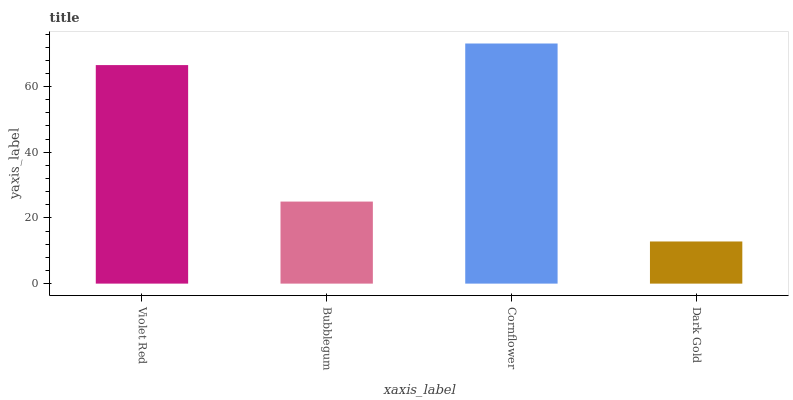
| xaxis_label | bars |
 | --- | --- |
 | Violet Red | 66.5 |
 | Bubblegum | 25 |
 | Cornflower | 73.1 |
 | Dark Gold | 12.8 |